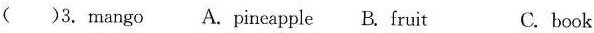
( )3.mango A.pineapple B.fruit C.book